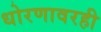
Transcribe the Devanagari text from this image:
धोरणावरही